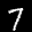
Label: 7